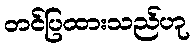
တင်ပြထားသည်ဟု